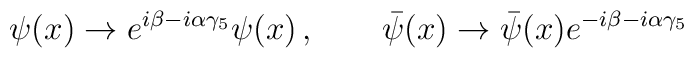
\psi(x) \to  e^{i\beta-i\alpha\gamma_5} \psi(x) \, , \qquad \bar \psi(x) \to  \bar \psi(x)  e^{-i\beta-i\alpha\gamma_5}